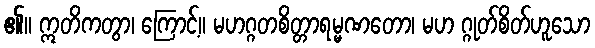
၏။ ဣတိကတွာ၊ ကြောင့်။ မဟဂ္ဂတစိတ္တာရမ္မဏတော၊ မဟ ဂ္ဂုတ်စိတ်ဟူသော